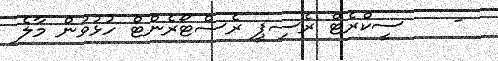
-    ސީކްރެޓް ރެސިޕީ ރެސްޓޯރެންޓް ހުޅުވުން މާލެ